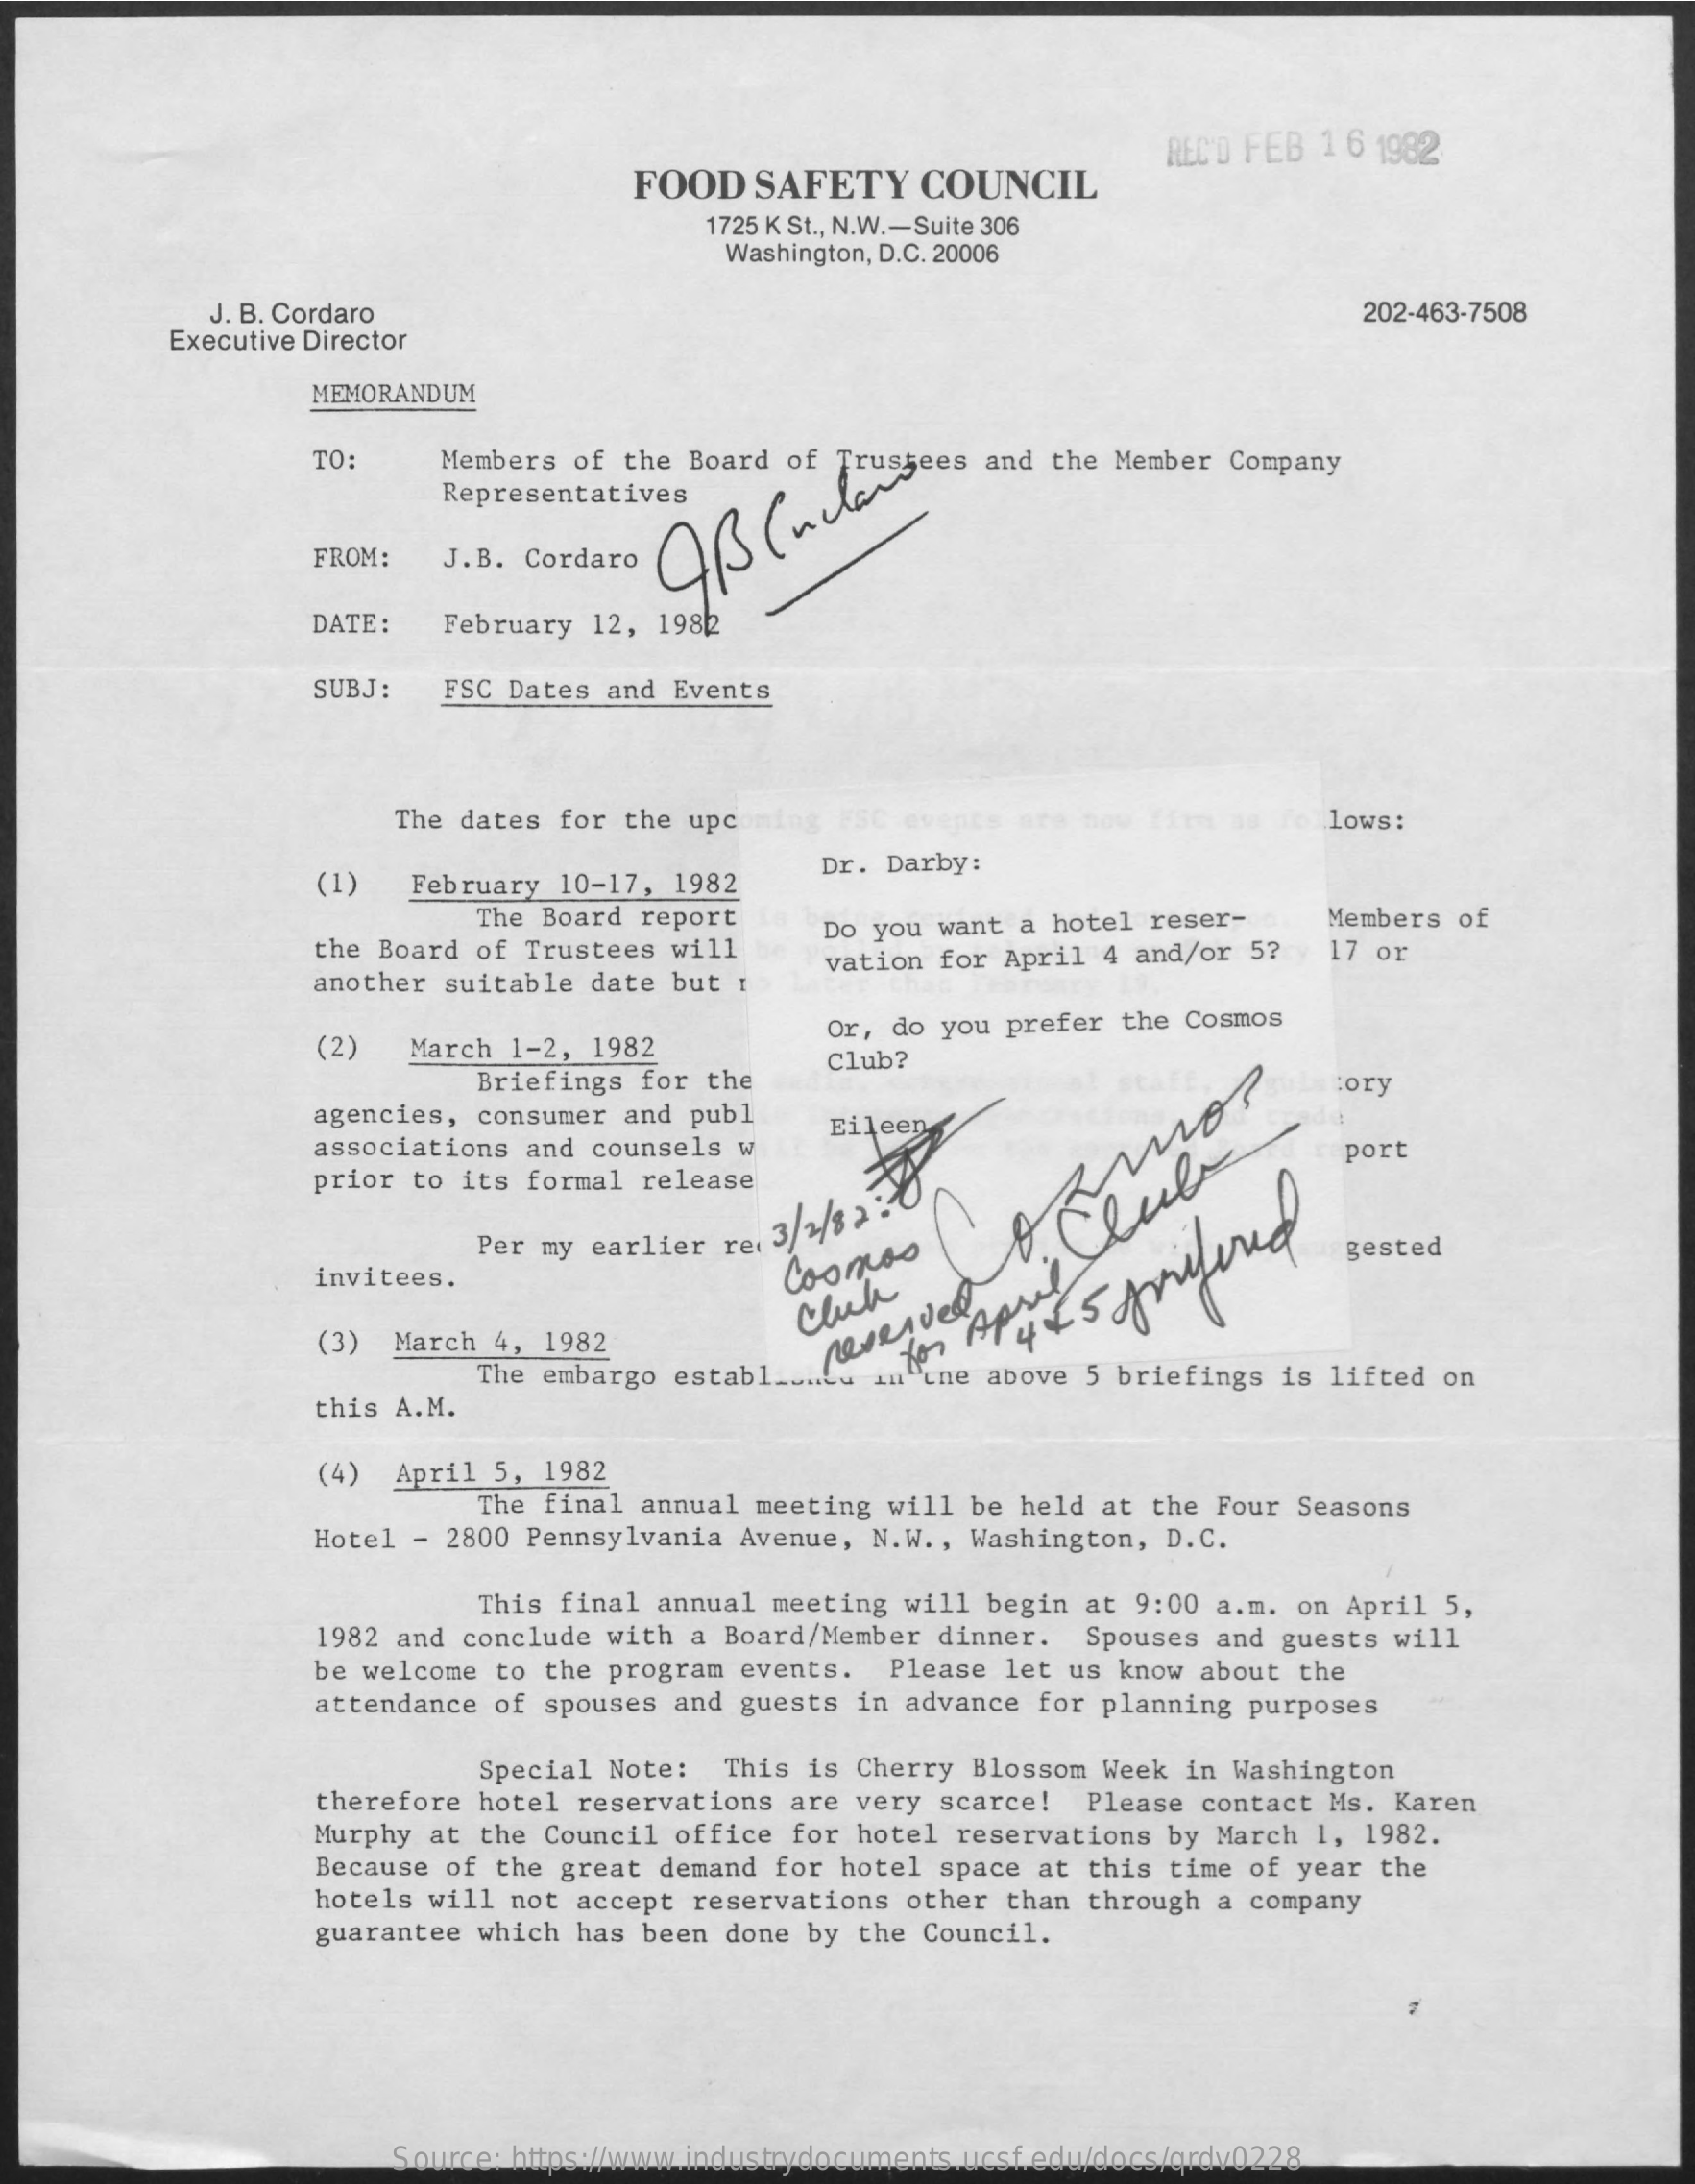
FOOD   SAFETY  COUNCIL
     REC'D FEB 1 6 1982
     1725 K St ., N.W .- Suite 306
     Washington, D.C. 20006
     J. B. Cordaro
     Executive Director
     202-463-7508
     MEMORANDUM
     TO:    Members of the Board of Trustees and the Member Company
     Representatives
     FROM:  J.B. Cordaro
     DATE:  February 12, 1982
     SUBJ:  FSC Dates and Events
     The dates for the upc    lows:
     (1)  February 10-17, 1982
     Dr. Darby:
     The Board report
     the Board of Trustees will
     Do you want a hotel reser- Members of
     17 or
     another suitable date but I
     vation for April 4 and/or 5?
     (2)  March 1-2, 1982
     Or, do you prefer the Cosmos
     Briefings for the
     Club?
     agencies, consumer and publ
     tory
     associations and counsels w
     Eileen
     prior to its formal release
     Per my earlier ret
     3/1/82 7
     mos
     port
     ,
     Clube
     invitees.
     Cosmos    gested
     (3) March 4, 1982
     Click
     syrifund
     The embargo establ ...... .
     neverved
     "une above 5 briefings is lifted on
     this A.M.
     (4) April 5, 1982
     The final annual meeting will be held at the Four Seasons
     Hotel - 2800 Pennsylvania Avenue, N.W ., Washington, D.C.
     This final annual meeting will begin at 9:00 a.m. on April 5,
     1982 and conclude with a Board/Member dinner. Spouses and guests will
     be welcome to the program events. Please let us know about the
     attendance of spouses and guests in advance for planning purposes
     Special Note: This is Cherry Blossom Week in Washington
     therefore hotel reservations are very scarce! Please contact Ms. Karen
     Murphy at the Council office for hotel reservations by March 1, 1982.
     Because of the great demand for hotel space at this time of year the
     hotels will not accept reservations other than through a company
     guarantee which has been done by the Council.
     Source: https://www.industrydocuments.ucsf.edu/docs/qrdv0228